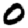
Digit: 0